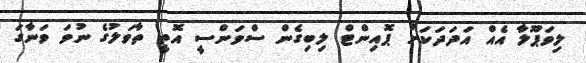
ލިވަޕޫލާ އެއް އަދަދަކަށް ޕޮއިންޓް ލިބިގެން ސްވަންސީ އޮތީ ތާވަލުގެ ނުވަ ވަނާގަ